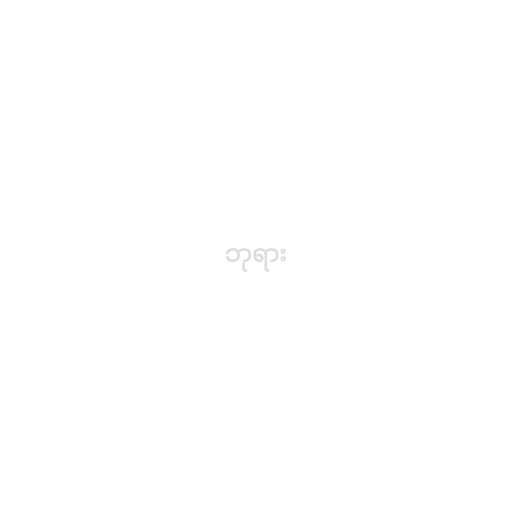
ဘုရား